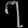
Digit: ၇